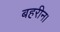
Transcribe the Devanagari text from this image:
बहरीन।